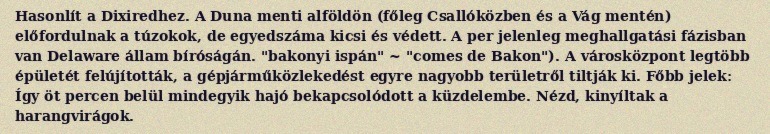
Hasonlít a Dixiredhez. A Duna menti alföldön (főleg Csallóközben és a Vág mentén) előfordulnak a túzokok, de egyedszáma kicsi és védett. A per jelenleg meghallgatási fázisban van Delaware állam bíróságán. "bakonyi ispán" ~ "comes de Bakon"). A városközpont legtöbb épületét felújították, a gépjárműközlekedést egyre nagyobb területről tiltják ki. Főbb jelek: Így öt percen belül mindegyik hajó bekapcsolódott a küzdelembe. Nézd, kinyíltak a harangvirágok.